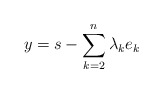
\begin{align*}y = s - \sum_{k=2}^{n} \lambda_k e_k \\\end{align*}